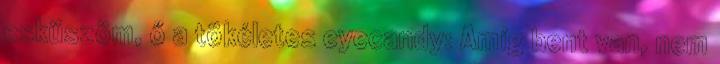
esküszöm, ő a tökéletes eyecandy: Amíg bent van, nem